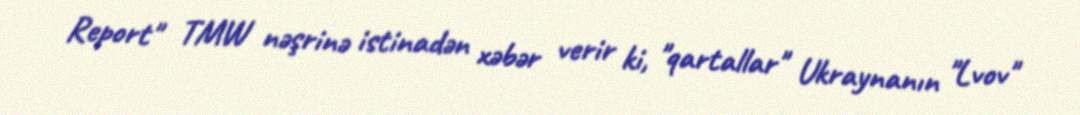
Report" TMW nəşrinə istinadən xəbər verir ki, "qartallar" Ukraynanın "Lvov"